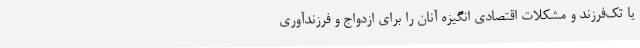
یا تک‌فرزند و مشکلات اقتصادی انگیزه‌ آنان را برای ازدواج و فرزندآوری